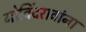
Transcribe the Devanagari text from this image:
गोविंदरावांना